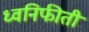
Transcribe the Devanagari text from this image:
ध्वनिफीती